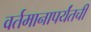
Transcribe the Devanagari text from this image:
वर्तमानापर्यंतची